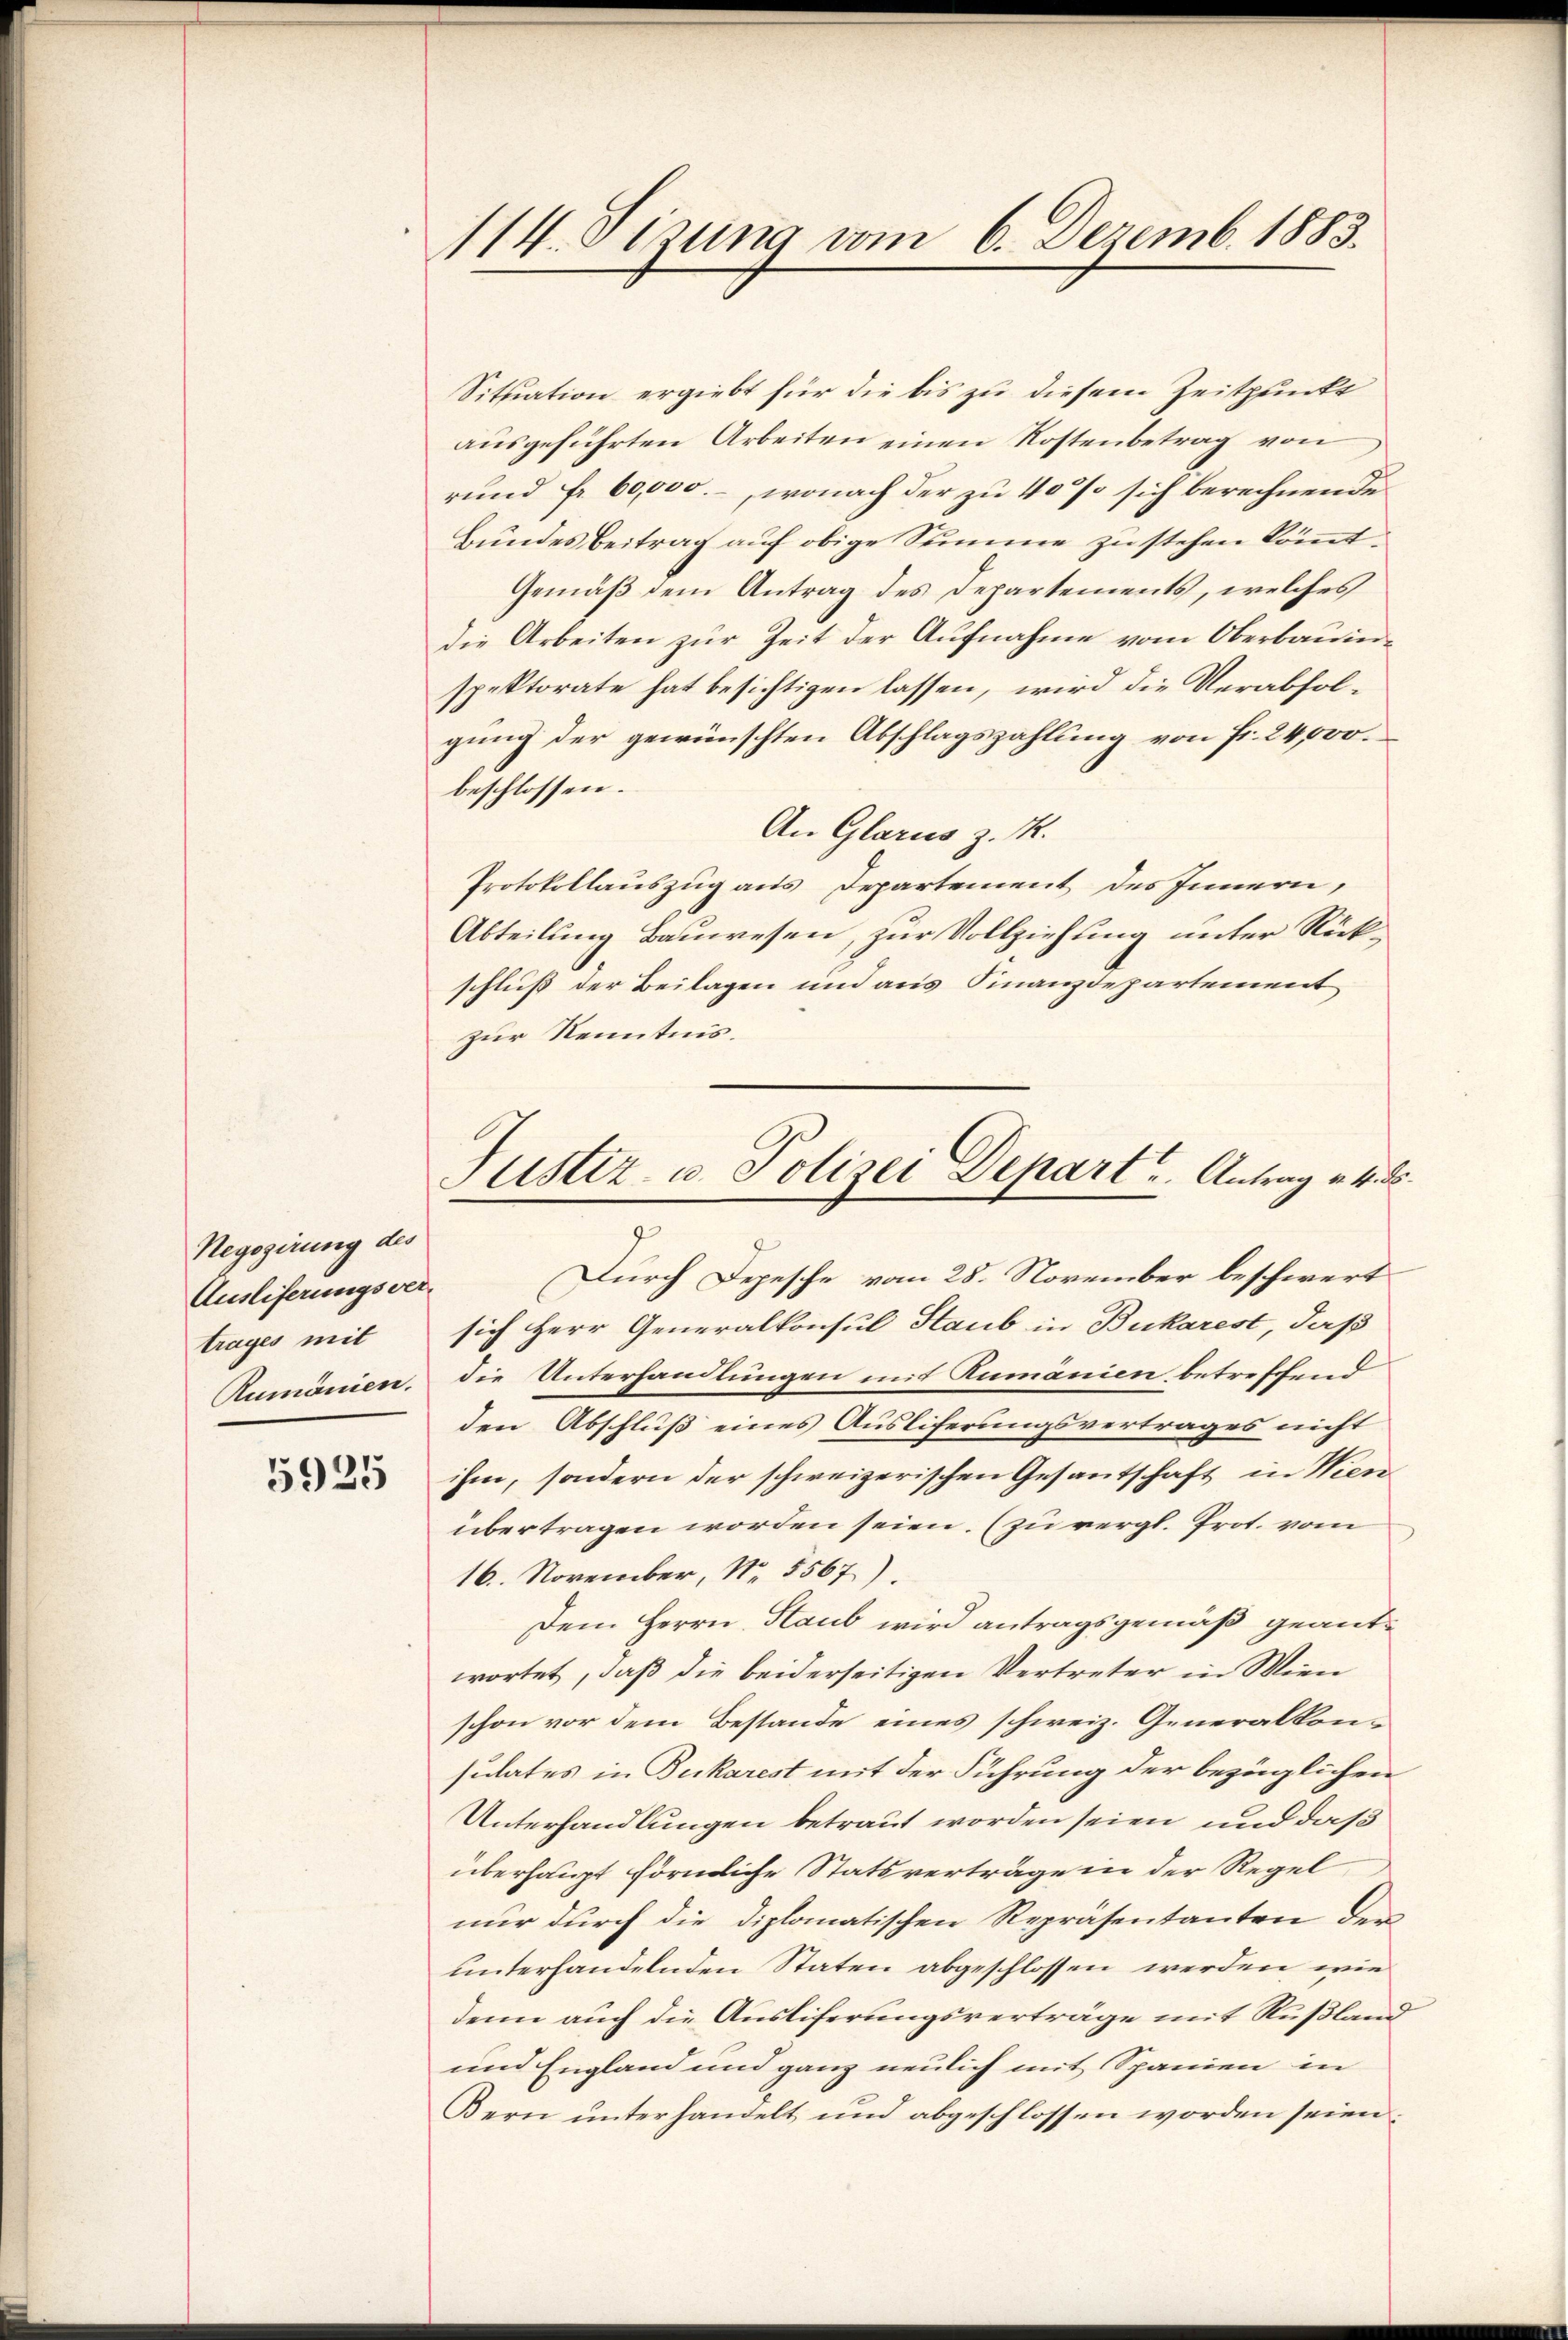
Negogirung des
Ausliferungsver-
trages mit

5925

114. Sizung vom 6. Dezemb. 1883.

Situation ergiebt für die bis zu diesem Zeitpunkt
ausgeführten Arbeiten einen Kostenbetrag von
rund fr. 60,000.-, wonach der zu 400/ sich berechnende
Bundesbeitrag auf obige Summe zu stehen könnt.
Gemäß dem Antrag des Departements, welches
die Arbeiten zur Zeit der Aufnahme vom Oberbauinspektorate hat besichtigen lassen, wird die Verabfolgung der gewünschten Abschlagszahlung von fr. 24,000.
beschlossen:
An Glarus z. K.
Protokollauszug aus Departement des Innern,
Abteilung Bauwesen, zur Vollziehung unter Rückschluß der Beilagen und aus Finanzdepartement
zur Kenntnis.

Justiz- u. Polizei Depart u. Antrag v. 4. d.

Durch Depesche vom 28. November beschwert
sich Herr Generalkonsul Staub in Bukarest, daß
Rumänien, die Unterhandlungen mit Rumänien betreffend
den Abschluß eines Ausliferungsvertrages nicht
ihm, sondern der schweizerischen Gesantschaft in Wien
übertragen worden seien. (zu vergl. Prot. vom
16. November, No. 5567).
Dem Herrn Staub wird antragsgemäß geantwortet, daß die beiderseitigen Vertreter in Wien
schon vor dem Bestande eines schweiz. Generalkonsulates in Bukarest mit der Führung der bezüglichen
Unterhandlungen betraut worden seien und daß
überhaupt förmliche Statsverträge in der Regel
nur durch die diplomatischen Repräsentanten der
unterhandelnden Staten abgeschlossen werden, wiedenn auch die Ausliferungsverträge mit Rußland
und England und ganz neulich mit Spanien in
Bern unterhandelt und abgeschlossen worden seien.